Annual administration report of the Civil Veterinary Department of India - 1898-1899
Year: 1898
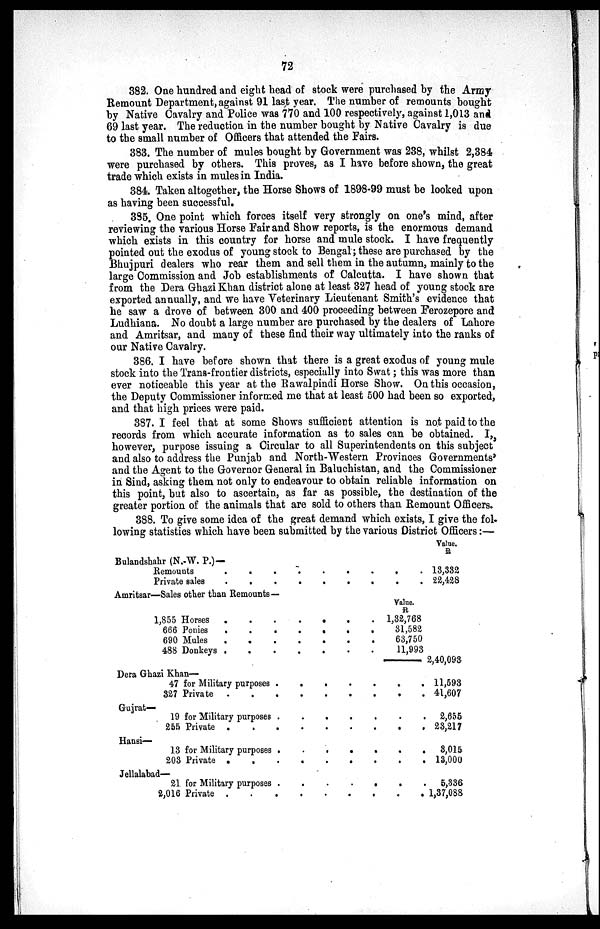
72
382. One hundred and eight head of stock were purchased by the Army
Remount Department, against 91 last year. The number of remounts bought
by Native Cavalry and Police was 770 and 100 respectively, against 1,013 and
69 last year. The reduction in the number bought by Native Cavalry is due
to the small number of Officers that attended the Fairs.
383. The number of mules bought by Government was 238, whilst 2,384
were purchased by others. This proves, as I have before shown, the great
trade which exists in mules in India.
384. Taken altogether, the Horse Shows of 1898-99 must be looked upon
as having been successful.
385. One point which forces itself very strongly on one's mind, after
reviewing the various Horse Fair and Show reports, is the enormous demand
which exists in this country for horse and mule stock. I have frequently
pointed out the exodus of young stock to Bengal; these are purchased by the
Bhujpuri dealers who rear them and sell them in the autumn, mainly to the
large Commission and Job establishments of Calcutta. I have shown that
from the Dera Ghazi Khan district alone at least 327 head of young stock are
exported annually, and we have Veterinary Lieutenant Smith's evidence that
he saw a drove of between 300 and 400 proceeding between Ferozepore and
Ludhiana. No doubt a large number are purchased by the dealers of Lahore
and Amritsar, and many of these find their way ultimately into the ranks of
our Native Cavalry.
386. I have before shown that there is a great exodus of young mule
stock into the Trans-frontier districts, especially into Swat; this was more than
ever noticeable this year at the Rawalpindi Horse Show. On this occasion,
the Deputy Commissioner informed me that at least 500 had been so exported,
and that high prices were paid.
387. I feel that at some Shows sufficient attention is not paid to the
records from which accurate information as to sales can be obtained. I,
however, purpose issuing a Circular to all Superintendents on this subject
and also to address the Punjab and North-Western Provinces Governments'
and the Agent to the Governor General in Baluchistan, and the Commissioner
in Sind, asking them not only to endeavour to obtain reliable information on
this point, but also to ascertain, as far as possible, the destination of the
greater portion of the animals that are sold to others than Remount Officers.
388. To give some idea of the great demand which exists, I give the fol-
lowing statistics which have been submitted by the various District Officers:—
Bulandshahr (N.-W. P.)—
Remounts . . . . . . . . .
Private sales
.
. . . . . . . .
Amritsar—Sales other than Remounts—
1,855 Horses . . . . . . .
666 Ponies
.
.
. . . . .
690 Mules . . . . . . . .
488 Donkeys .
. . . . .
Dera Ghazi Khan—
47 for Military purposes . . . . . . .
327 Private . . . . . . . . . .
Gujrat—
19 for Military purposes . . . . . . .
255 Private .
.
. . . . .
Hansi—
13 for Military purposes . . . . . . . .
203 Private . . . . . . . . . .
Jellalabad—
21 for Military purposes . . . . . . .
2,016 Private . . . . . . . . .
Value.
R
1,32,768
31,582
63,750
11,993
Value.
R
13,332
22,428
2,40,093
11,593
41,607
2,655
23,217
3,015
13,000
5,336
1,37,088